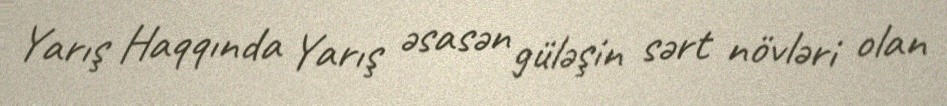
Yarış Haqqında Yarış əsasən güləşin sərt növləri olan